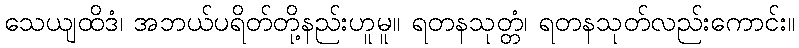
သေယျထိဒံ၊ အဘယ်ပရိတ်တို့နည်းဟူမူ။ ရတနသုတ္တံ၊ ရတနသုတ်လည်းကောင်း။